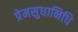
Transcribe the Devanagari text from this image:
प्रेमसुधानिधि